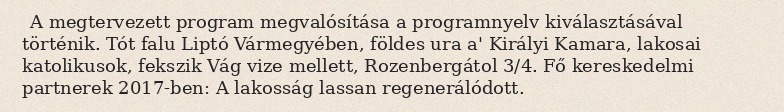
A megtervezett program megvalósítása a programnyelv kiválasztásával történik. Tót falu Liptó Vármegyében, földes ura a' Királyi Kamara, lakosai katolikusok, fekszik Vág vize mellett, Rozenbergátol 3/4. Fő kereskedelmi partnerek 2017-ben: A lakosság lassan regenerálódott.